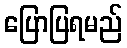
ပြောပြရမည်